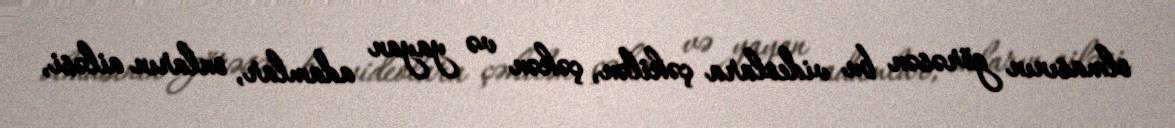
olmasının görəsən bu videolara çəkilən, çəkən və yayan adamlar, onların ailəsi,